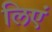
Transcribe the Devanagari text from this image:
लिएं